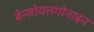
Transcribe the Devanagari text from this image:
बेन्ज़ोयलगोनाइन